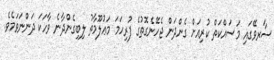
ސާރވޭގައި މަސައްކަތް ކުރިއަށް ގެންދަން ޖެހޭނެގޮތުގެ ފުރިހަމަ މަޢުލޫމާތު ލިބިގެންދާނެ ވާހަކަ ދަންނަވަމެވެ.